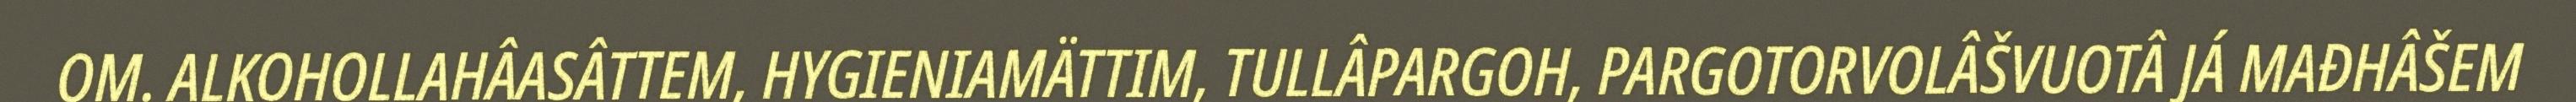
OM. ALKOHOLLAHÂASÂTTEM, HYGIENIAMÄTTIM, TULLÂPARGOH, PARGOTORVOLÂŠVUOTÂ JÁ MAĐHÂŠEM